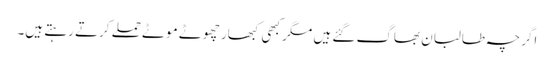
اگرچہ طالبان بھاگ گئے ہیں مگر کبھی کبھار چھوٹے موٹے حملے کرتے رہتے ہیں۔